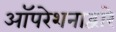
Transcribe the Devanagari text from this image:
ऑपरेशनाद्वारे